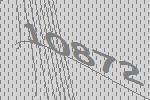
10872